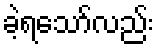
ခဲ့ရသော်လည်း